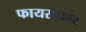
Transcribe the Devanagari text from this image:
फायरपावर